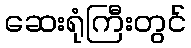
ဆေးရုံကြီးတွင်